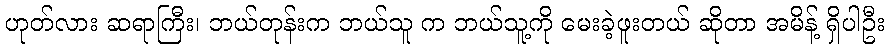
ဟုတ်လား ဆရာကြီး၊ ဘယ်တုန်းက ဘယ်သူ က ဘယ်သူ့ကို မေးခဲ့ဖူးတယ် ဆိုတာ အမိန့် ရှိပါဦး